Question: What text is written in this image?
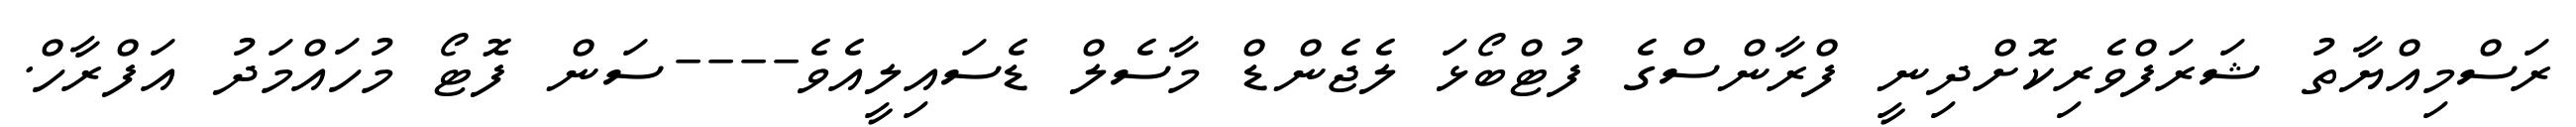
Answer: ރަސްމިއްޔާތު ޝަރަފްވެރިކޮށްދިނީ ފްރާންސްގެ ފުޓްބޯޅަ ލެޖެންޑް މާސެލް ޑެސައިލީއެވެ----ސަން ފޮޓޯ މުހައްމަދު އަފްރާހް.